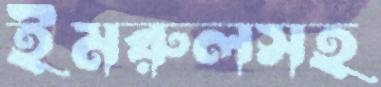
ইমরুলসহ